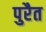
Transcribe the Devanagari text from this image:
पुरैत